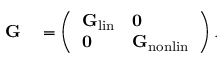
\begin{array} { r l } { { \bf G } } & { { } = \left( \begin{array} { l l } { { \bf G } _ { \mathrm { l i n } } } & { { \bf 0 } } \\ { { \bf 0 } } & { { \bf G } _ { \mathrm { n o n l i n } } } \end{array} \right) . } \end{array}